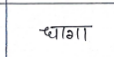
मजकूर: धागा